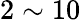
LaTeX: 2\sim 10